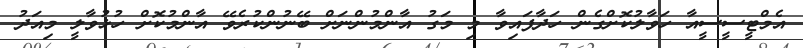
އެމްޓީސީސީއާ ހަވާލުކޮށްގެން ހަދާފައިވާ މި މަގު އާންމުންނަށް ބޭނުންކުރެވޭ އާންމުކޮށް ހުޅުވާލީ މިއަދު